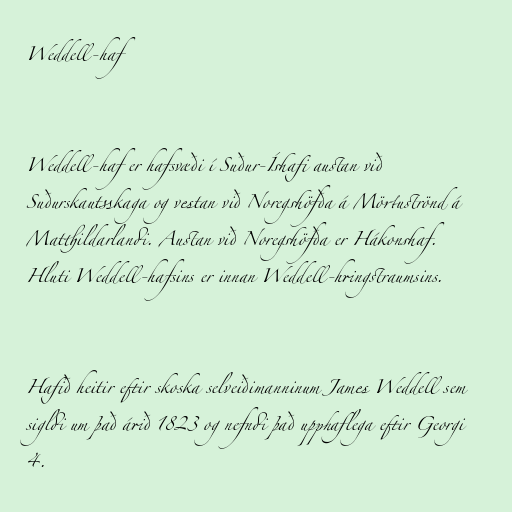
Weddell-haf

Weddell-haf er hafsvæði í Suður-Íshafi austan við
Suðurskautsskaga og vestan við Noregshöfða á Mörtuströnd á
Matthildarlandi. Austan við Noregshöfða er Hákonshaf.
Hluti Weddell-hafsins er innan Weddell-hringstraumsins.

Hafið heitir eftir skoska selveiðimanninum James Weddell sem
sigldi um það árið 1823 og nefndi það upphaflega eftir Georgi
4.